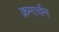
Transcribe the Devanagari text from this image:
क्रमार्चन